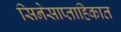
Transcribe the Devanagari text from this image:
सिनेसाप्ताहिकात